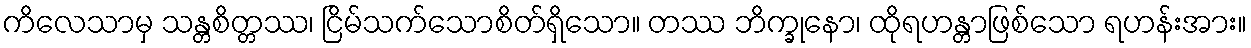
ကိလေသာမှ သန္တစိတ္တဿ၊ ငြိမ်သက်သောစိတ်ရှိသော။ တဿ ဘိက္ခုနော၊ ထိုရဟန္တာဖြစ်သော ရဟန်းအား။